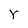
Character: r